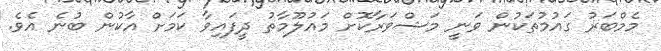
މެމްބަރު ގައުމުތަކުން ވަނީ މަޝްވަރާކޮށް މައުލޫމާތު ދީފައިވާ ކަމަށް އާކުން ބުނެ އެވެ.